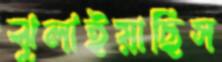
ঝুলাইয়াছিস